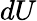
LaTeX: dU